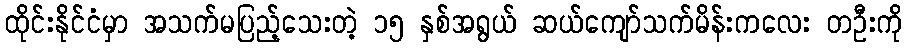
ထိုင်းနိုင်ငံမှာ အသက်မပြည့်သေးတဲ့ ၁၅ နှစ်အရွယ် ဆယ်ကျော်သက်မိန်းကလေး တဦးကို